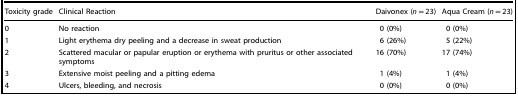
<table><thead><tr><td><b>Toxicity grade</b></td><td><b>Clinical Reaction</b></td><td><b>Daivonex (<i>n</i> = 23)</b></td><td><b>Aqua Cream (<i>n</i> = 23)</b></td></tr></thead><tbody><tr><td>0</td><td>No reaction</td><td>0 (0%)</td><td>0 (0%)</td></tr><tr><td>1</td><td>Light erythema dry peeling and a decrease in sweat production</td><td>6 (26%)</td><td>5 (22%)</td></tr><tr><td>2</td><td>Scattered macular or papular eruption or erythema with pruritus or other associated symptoms</td><td>16 (70%)</td><td>17 (74%)</td></tr><tr><td>3</td><td>Extensive moist peeling and a pitting edema</td><td>1 (4%)</td><td>1 (4%)</td></tr><tr><td>4</td><td>Ulcers, bleeding, and necrosis</td><td>0 (0%)</td><td>0 (0%)</td></tr></tbody></table>